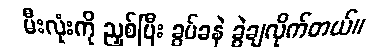
မီးလုံးကို ညှစ်ပြီး ခွပ်ခနဲ ခွဲချလိုက်တယ်။